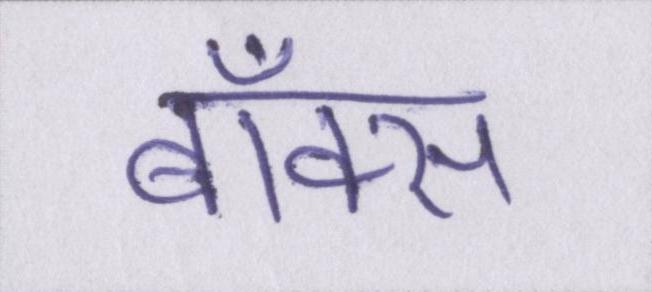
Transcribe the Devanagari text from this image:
बॉक्स